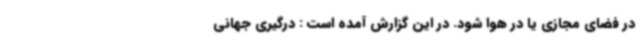
در فضای مجازی یا در هوا شود. در این گزارش آمده است : درگیری جهانی